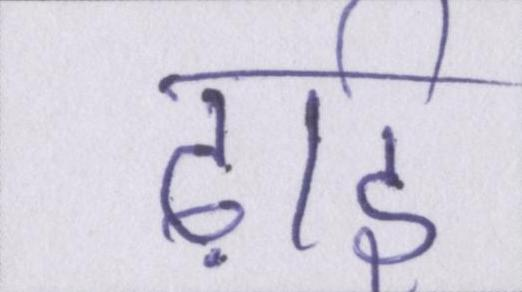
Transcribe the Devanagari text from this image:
ढ़ाई